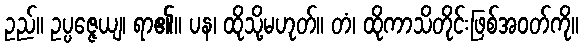
ဥည်။ ဥပ္ပဇ္ဇေယျ၊ ရာ၏။ ပန၊ ထိုသို့မဟုတ်။ တံ၊ ထိုကာသိတိုင်းဖြစ်အဝတ်ကို။